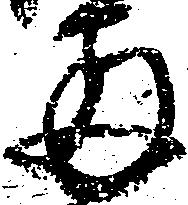
両